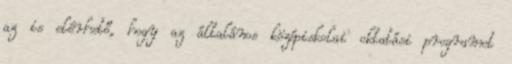
az is elérhető, hogy az általános középiskolai oktatási programot